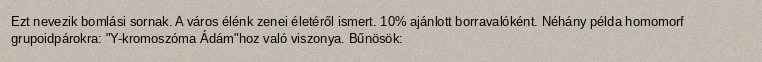
Ezt nevezik bomlási sornak. A város élénk zenei életéről ismert. 10% ajánlott borravalóként. Néhány példa homomorf grupoidpárokra: "Y-kromoszóma Ádám"hoz való viszonya. Bűnösök: